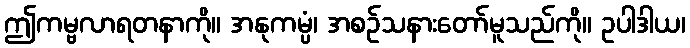
ဤကမ္ဗလာရတနာကို။ အနုကမ္ပံ၊ အစဉ်သနားတော်မူသည်ကို။ ဥပါဒါယ၊